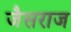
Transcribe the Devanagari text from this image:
जैसराज